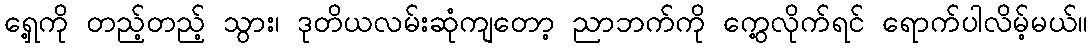
ရှေ့ကို တည့်တည့် သွား၊ ဒုတိယလမ်းဆုံကျတော့ ညာဘက်ကို ကွေ့လိုက်ရင် ရောက်ပါလိမ့်မယ်။